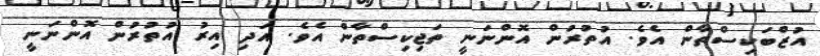
އުޒްބަކިސްތާން އެވެ. އުތުރުން އޮންނަނީ ތަޖިކިސްތާން އެވެ. އަދި އިރު އުތުރުން އޮންނަނީ